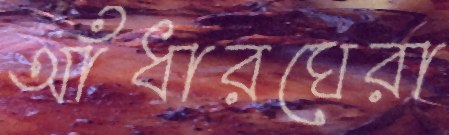
আঁধারঘেরা